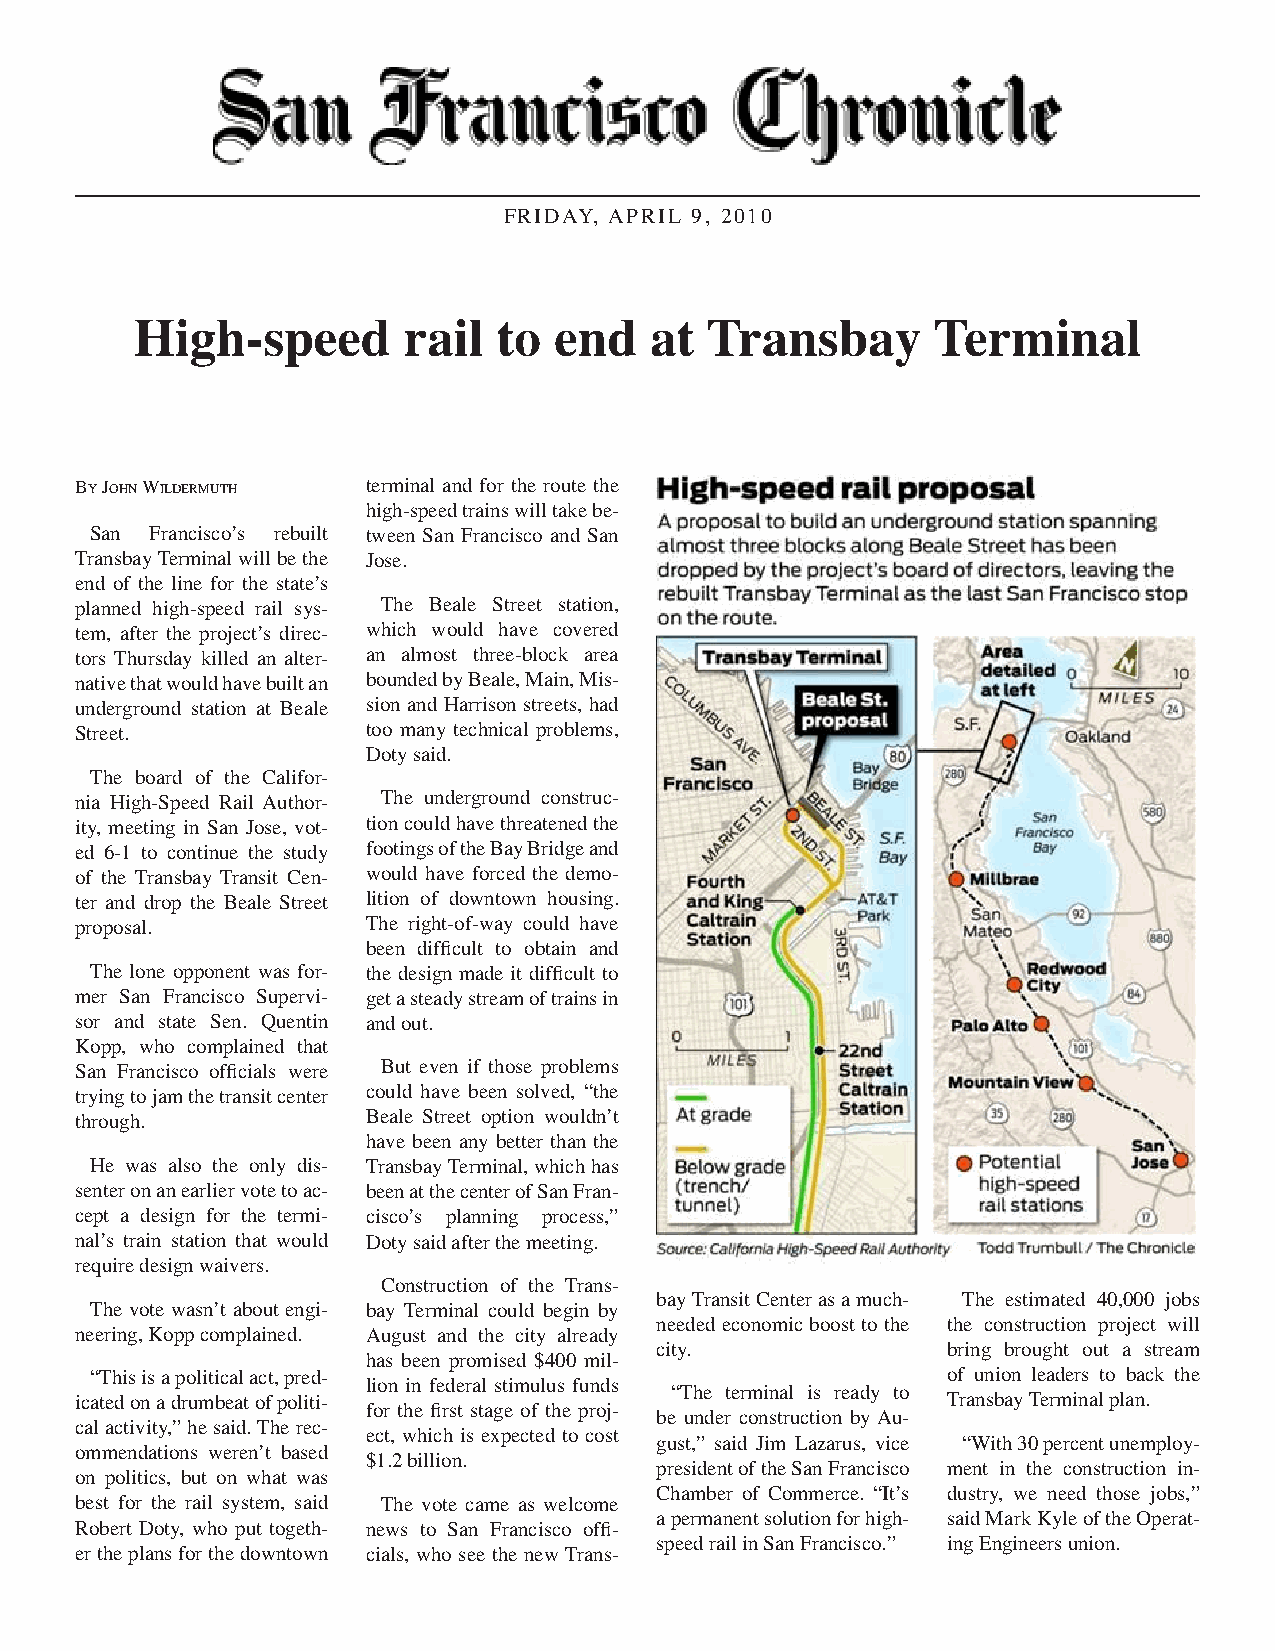
FRIDAY, APRIL 9, 2010
 High-speed        rail  to  end   at  Transbay       Terminal
 By John Wildermuth terminal and for the route the
 high-speed trains will take be-
 San Francisco’s rebuilt tween San Francisco and San
 Transbay Terminal will be the Jose.
 end of the line for the state’s
 planned high-speed rail sys- The Beale Street station,
 tem, after the project’s direc- which would have covered
 tors Thursday killed an alter- an almost three-block area
 native that would have built an bounded by Beale, Main, Mis-
 underground station at Beale sion and Harrison streets, had
 Street.            too many technical problems,
 Doty said.
 The board of the Califor-
 nia High-Speed Rail Author- The underground construc-
 ity, meeting in San Jose, vot- tion could have threatened the
 ed 6-1 to continue the study footings of the Bay Bridge and
 of the Transbay Transit Cen- would have forced the demo-
 ter and drop the Beale Street lition of downtown housing.
 proposal.          The right-of-way could have
 been difficult to obtain and
 The lone opponent was for- the design made it difficult to
 mer San Francisco Supervi- get a steady stream of trains in
 sor and state Sen. Quentin and out.
 Kopp, who complained that
 San Francisco officials were But even if those problems
 trying to jam the transit center could have been solved, “the
 through.           Beale Street option wouldn’t
 have been any better than the
 He was also the only dis- Transbay Terminal, which has
 senter on an earlier vote to ac- been at the center of San Fran-
 cept a design for the termi- cisco’s planning process,”
 nal’s train station that would Doty said after the meeting.
 require design waivers.
 Construction of the Trans-
 bay Transit Center as a much- The estimated 40,000 jobs
 The vote wasn’t about engi- bay Terminal could begin by
 needed economic boost to the the construction project will
 neering, Kopp complained. August and the city already
 city.               bring brought out a stream
 has been promised $400 mil-
 “This is a political act, pred-                          of union leaders to back the
 lion in federal stimulus funds
 icated on a drumbeat of politi-        “The terminal is ready to Transbay Terminal plan.
 for the first stage of the proj-
 be under construction by Au-
 cal activity,” he said. The rec-
 ect, which is expected to cost
 gust,” said Jim Lazarus, vice “With 30 percent unemploy-
 ommendations weren’t based
 $1.2 billion.
 president of the San Francisco ment in the construction in-
 on politics, but on what was
 Chamber of Commerce. “It’s dustry, we need those jobs,”
 best for the rail system, said The vote came as welcome
 a permanent solution for high- said Mark Kyle of the Operat-
 Robert Doty, who put togeth- news to San Francisco offi-
 speed rail in San Francisco.” ing Engineers union.
 er the plans for the downtown cials, who see the new Trans-